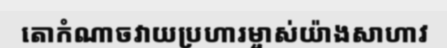
តោកំណាចវាយប្រហារម្ចាស់យ៉ាងសាហាវ